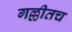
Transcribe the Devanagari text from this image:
गल्लीतच